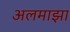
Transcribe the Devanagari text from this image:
अलमाझा